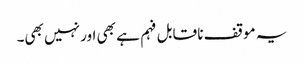
یہ موقف نا قابل فہم ہے بھی اور نہیں بھی۔